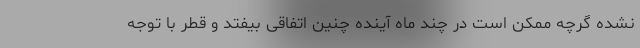
نشده گرچه ممکن است در چند ماه آینده چنین اتفاقی بیفتد و قطر با توجه